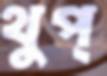
থুপ্‌